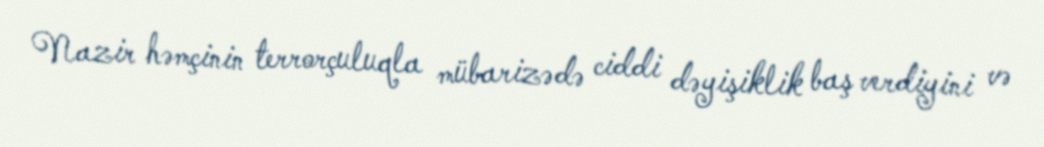
Nazir həmçinin terrorçuluqla mübarizədə ciddi dəyişiklik baş verdiyini və